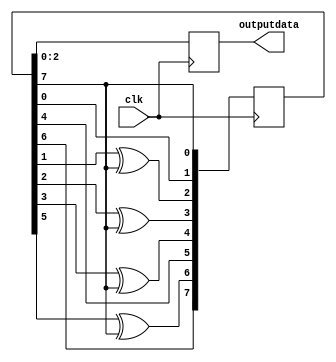
module random(clk,outputdata);
input clk;
output reg [2:0] outputdata;
reg [7:0] hexo=8'hff;

always @(posedge clk)
	begin
		hexo[0]<=hexo[7];
		hexo[1]<=hexo[0];
		hexo[2]<=hexo[1]^hexo[7];
		hexo[3]<=hexo[2]^hexo[7];
		hexo[4]<=hexo[3]^hexo[7];
		hexo[5]<=hexo[4];
		hexo[6]<=hexo[5]^hexo[7];
		hexo[7]<=hexo[6];
        outputdata <= hexo[2:0];
	end 

endmodule